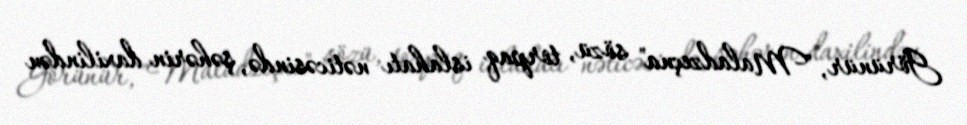
Görünür, "Maladzeçna" sözü, torpaq islahatı nəticəsində, şəhərin daxilindən